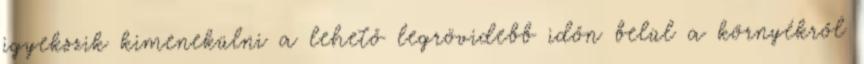
igyekszik kimenekülni a lehető legrövidebb időn belül a környékről